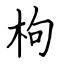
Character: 枸